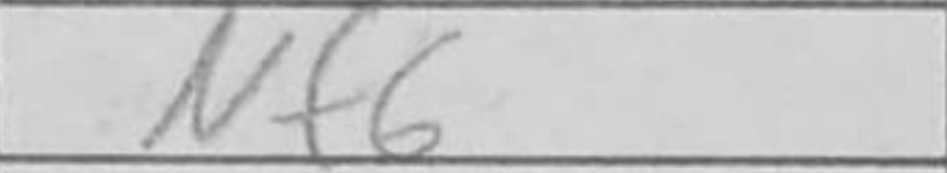
Transcription: Nf6